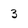
Character: 3